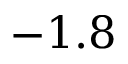
- 1 . 8